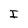
Character: I